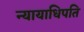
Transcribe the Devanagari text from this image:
न्यायाधिपति